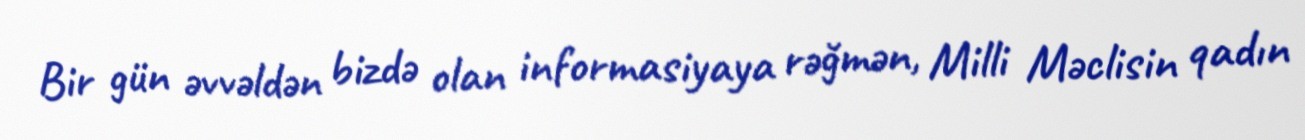
Bir gün əvvəldən bizdə olan informasiyaya rəğmən, Milli Məclisin qadın